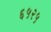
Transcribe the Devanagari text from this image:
६५२५